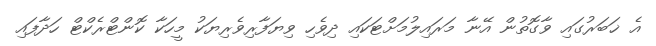
އެ ޚަބަރުގައި ވާގޮތުން އޭނާ މަރައިލުމަށްޓަކައި ދިވެހި ވިޔަފާރިވެރިޔަކު މީހަކާ ކޮންޓްރެކްޓް ހަދާފައި